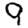
Digit: 9